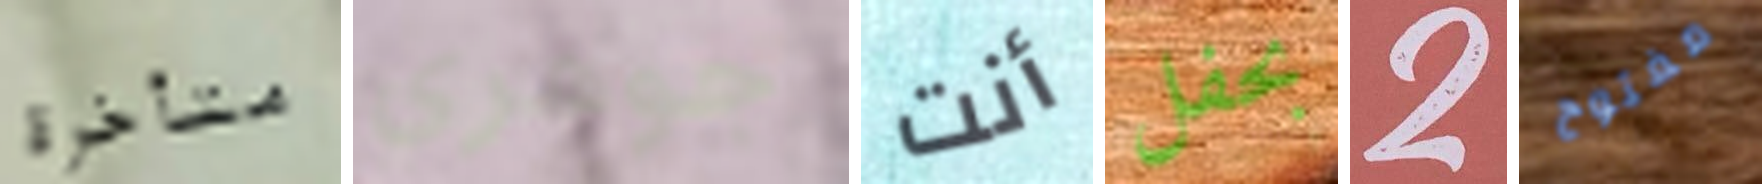
متأخرة جوهري أنت بحفل 2 مفتوح